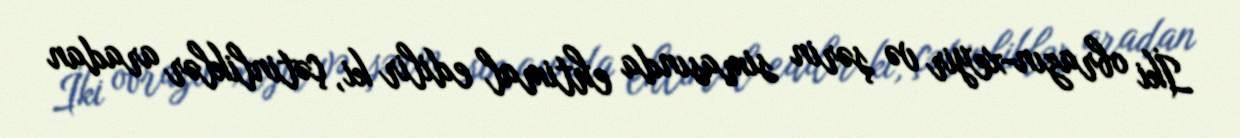
İki obrazın-xeyir və şərin simasında ehtimal edilir ki, çətinliklər aradan